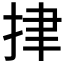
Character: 𢫫